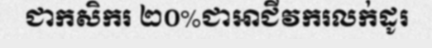
ជាកសិករ ២០%ជាអាជីវករលក់ដូរ